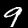
Label: 9